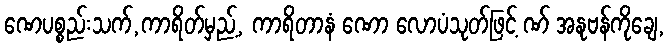
ဏေပစ္စည်းသက်,ကာရိတ်မှည့်, ကာရိတာနံ ဏော လောပံသုတ်ဖြင့် ဏ် အနုဗန်ကိုချေ,